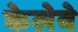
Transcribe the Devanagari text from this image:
केलेवे